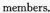
members.